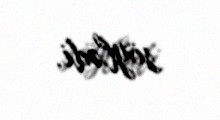
söylədi.